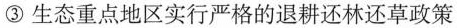
③生态重点地区实行严格的退耕还林还草政策